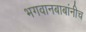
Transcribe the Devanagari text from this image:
भगवानबाबांनीच